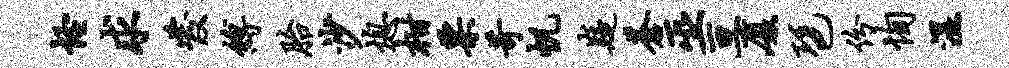
怪求发缚胎沙熄柑票苛帆嶷苍巫亘厦琶份恂湿